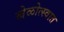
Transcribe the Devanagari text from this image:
खेळोत्स्वात